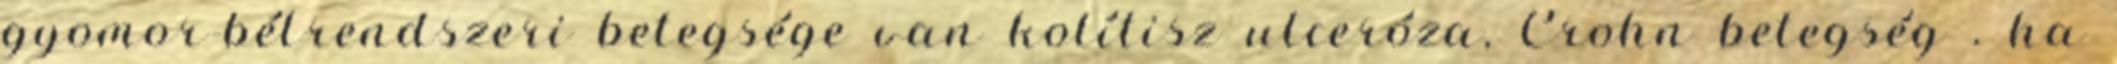
gyomor-bélrendszeri betegsége van kolítisz ulceróza, Crohn betegség . ha